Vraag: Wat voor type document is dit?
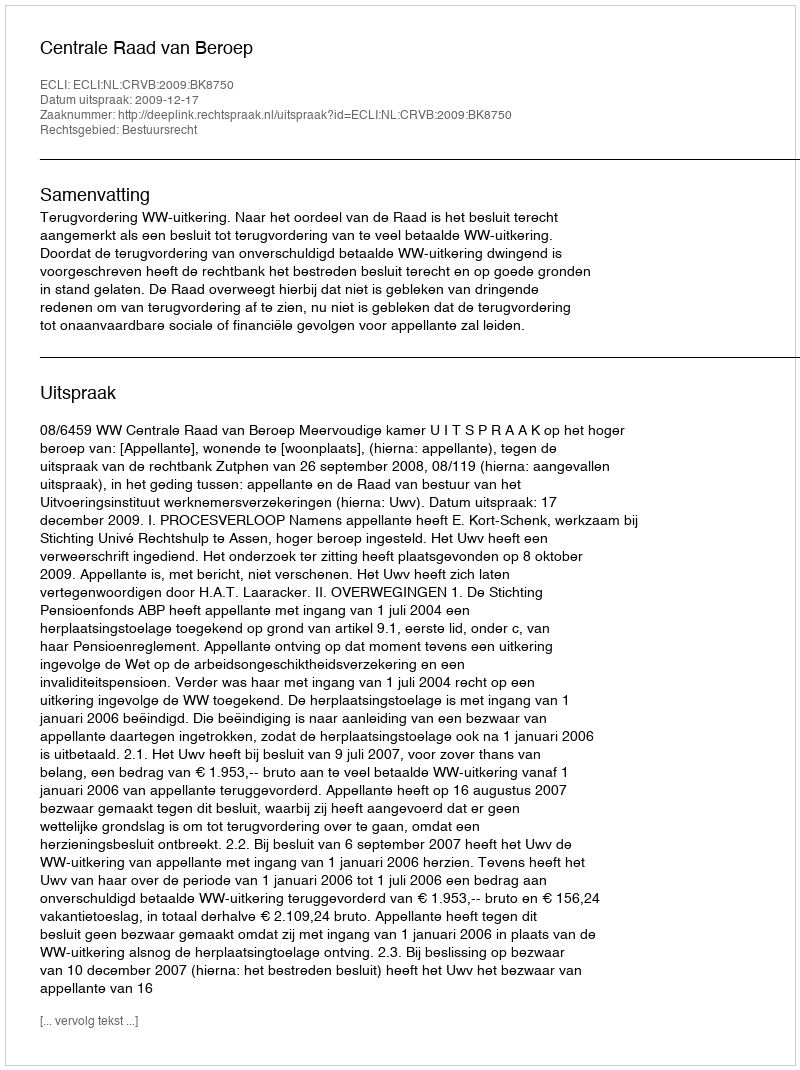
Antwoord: Uitspraak